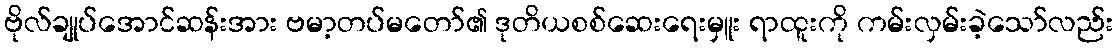
ဗိုလ်ချုပ်အောင်ဆန်းအား ဗမာ့တပ်မတော်၏ ဒုတိယစစ်ဆေးရေးမှူး ရာထူးကို ကမ်းလှမ်းခဲ့သော်လည်း